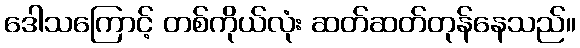
ဒေါသကြောင့် တစ်ကိုယ်လုံး ဆတ်ဆတ်တုန်နေသည်။